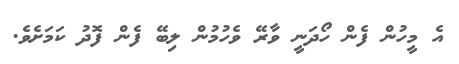
އެ މީހުން ފެން ހޯދަނީ ވާރޭ ވެހުމުން ލިބޭ ފެން ފޮދު ކަމަށެވެ.